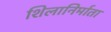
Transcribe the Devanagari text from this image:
शिलानिर्माता